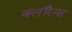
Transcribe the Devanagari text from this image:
क्लॉरेन्स